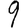
Digit: 9